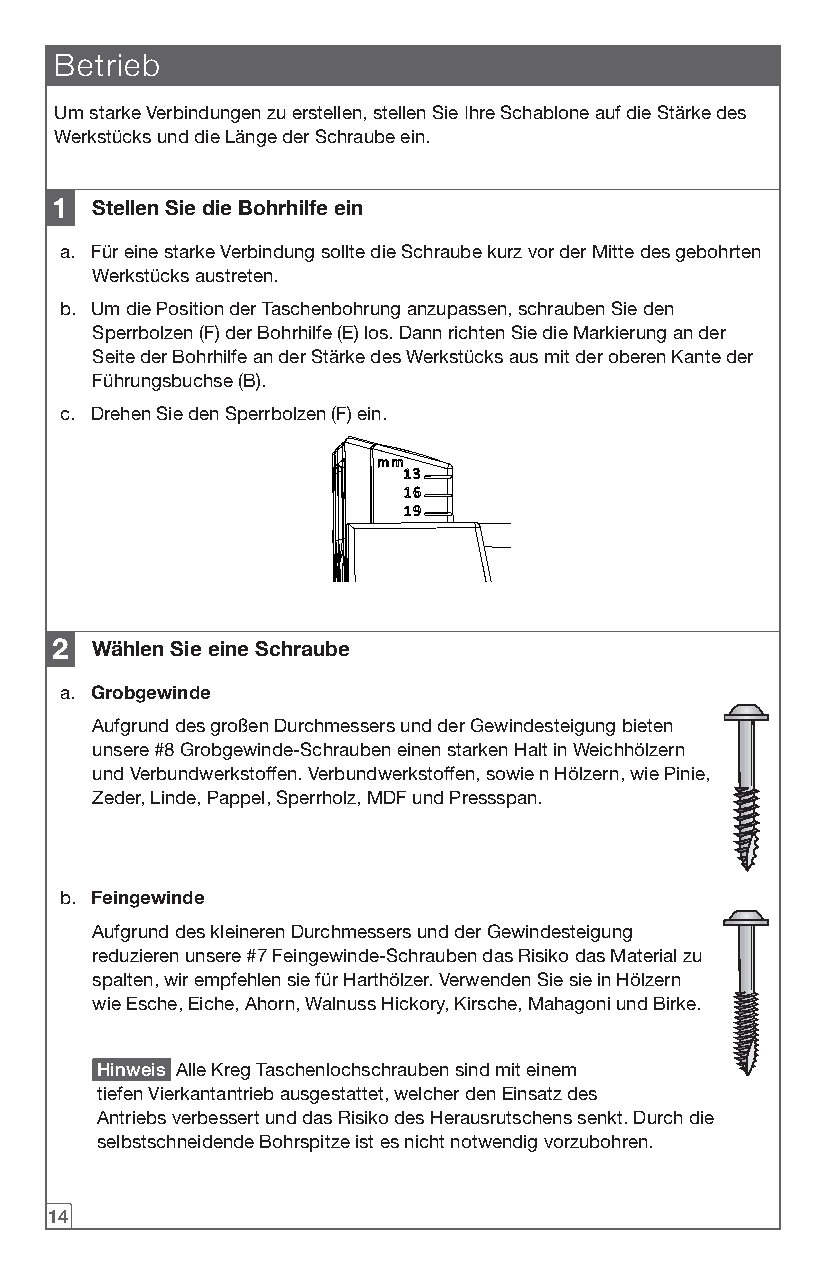
Betrieb
 Um starke Verbindungen zu erstellen, stellen Sie Ihre Schablone auf die Stärke des
 Werkstücks und die Länge der Schraube ein.
 1  Stellen Sie die Bohrhilfe ein
 a. Für eine starke Verbindung sollte die Schraube kurz vor der Mitte des gebohrten
 Werkstücks austreten.
 b. Um die Position der Taschenbohrung anzupassen, schrauben Sie den
 Sperrbolzen (F) der Bohrhilfe (E) los. Dann richten Sie die Markierung an der
 Seite der Bohrhilfe an der Stärke des Werkstücks aus mit der oberen Kante der
 Führungsbuchse (B).
 c. Drehen Sie den Sperrbolzen (F) ein.
 2  Wählen Sie eine Schraube
 a. Grobgewinde
 Aufgrund des großen Durchmessers und der Gewindesteigung bieten
 unsere #8 Grobgewinde-Schrauben einen starken Halt in Weichhölzern
 und Verbundwerkstoffen. Verbundwerkstoffen, sowie n Hölzern, wie Pinie,
 Zeder, Linde, Pappel, Sperrholz, MDF und Pressspan.
 b. Feingewinde
 Aufgrund des kleineren Durchmessers und der Gewindesteigung
 reduzieren unsere #7 Feingewinde-Schrauben das Risiko das Material zu
 spalten, wir empfehlen sie für Harthölzer. Verwenden Sie sie in Hölzern
 wie Esche, Eiche, Ahorn, Walnuss Hickory, Kirsche, Mahagoni und Birke.
 Hinweis Alle Kreg Taschenlochschrauben sind mit einem
 tiefen Vierkantantrieb ausgestattet, welcher den Einsatz des
 Antriebs verbessert und das Risiko des Herausrutschens senkt. Durch die
 selbstschneidende Bohrspitze ist es nicht notwendig vorzubohren.
 14